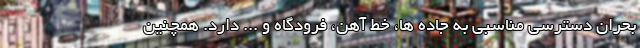
بحران دسترسی مناسبی به جاده ها، خط آهن، فرودگاه و ... دارد. همچنین